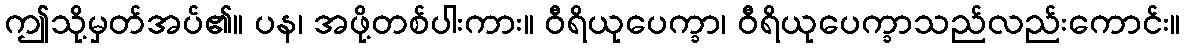
ဤသို့မှတ်အပ်၏။ ပန၊ အဖို့တစ်ပါးကား။ ဝီရိယုပေက္ခာ၊ ဝီရိယုပေက္ခာသည်လည်းကောင်း။